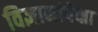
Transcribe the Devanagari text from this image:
विज्ञानांपेक्षा